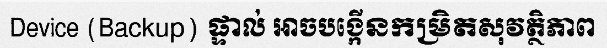
Device (Backup) ផ្ទាល់ អាចបង្កើនកម្រិតសុវត្ថិភាព